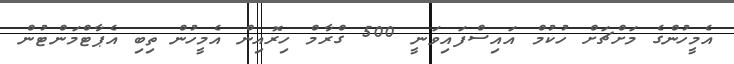
އެމީހުންގެ މަށްޗަށް ހުކުމް އައިސްފައިވަނީ 500 ގްރާމް ހިރޮއިން އެމީހުން ތިބި އެޕާޓްމަންޓުން